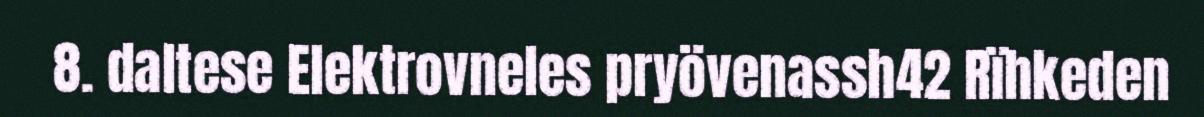
8. daltese Elektrovneles pryövenassh42 Rïhkeden